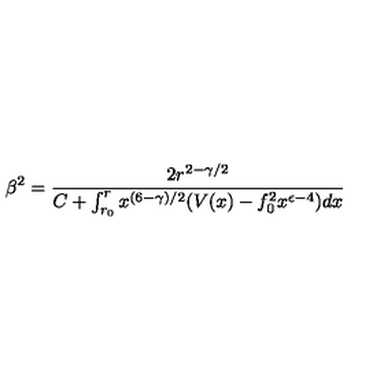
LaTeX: \beta ^ { 2 } = \frac { 2 r ^ { 2 - \gamma / 2 } } { C + \int _ { r _ { 0 } } ^ { r } x ^ { ( 6 - \gamma ) / 2 } ( V ( x ) - f _ { 0 } ^ { 2 } x ^ { \epsilon - 4 } ) d x }